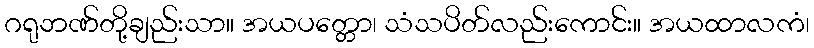
ဂရုဘဏ်တို့ချည်းသာ။ အယပတ္တော၊ သံသပိတ်လည်းကောင်း။ အယထာလကံ၊